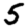
Digit: 5